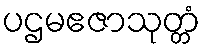
ပဌမဧဇာသုတ္တံ